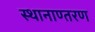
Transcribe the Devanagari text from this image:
स्थानाण्तरण